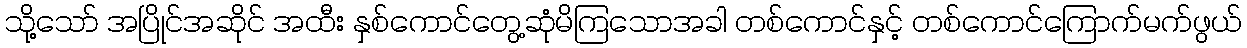
သို့သော် အပြိုင်အဆိုင် အထီး နှစ်ကောင်တွေ့ဆုံမိကြသောအခါ တစ်ကောင်နှင့် တစ်ကောင်ကြောက်မက်ဖွယ်